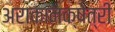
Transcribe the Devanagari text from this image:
अराकानक्षेत्री